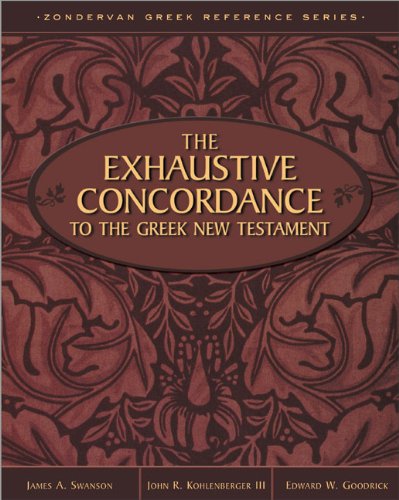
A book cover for Exhaustive Concordance to the Greek New Testament, The; John R. Kohlenberger III; Christian Books & Bibles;